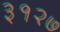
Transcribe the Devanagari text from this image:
३१२७